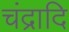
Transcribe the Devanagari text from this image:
चंद्रादि